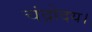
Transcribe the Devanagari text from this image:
चंद्रोदय।